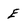
Character: E